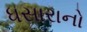
ધસારાનો